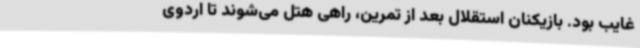
غایب بود. بازیکنان استقلال بعد از تمرین، راهی هتل می‌شوند تا اردوی